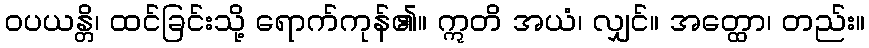
ဝပယန္တိ၊ ထင်ခြင်းသို့ ရောက်ကုန်၏။ ဣတိ အယံ၊ လျှင်။ အတ္ထော၊ တည်း။